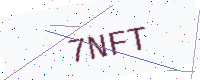
Text: 7NFT